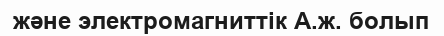
және электромагниттік А.ж. болып